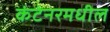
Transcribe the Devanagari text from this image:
कंटेनरमधील